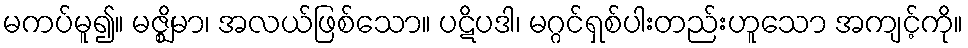
မကပ်မူ၍။ မဇ္ဈိမာ၊ အလယ်ဖြစ်သော။ ပဋိပဒါ၊ မဂ္ဂင်ရှစ်ပါးတည်းဟူသော အကျင့်ကို။